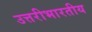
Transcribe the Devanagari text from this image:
उत्तरीभारतीय